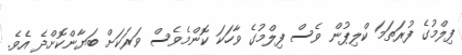
ފިލްމުގެ ފުރަތަމަ ކްލިޕުން ވެސް ފިލްމުގެ ވާހަކަ ކޮންމެވެސް ވަރަކަށް ބަޔާންކޮށްދެ އެވެ.